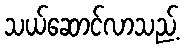
သယ်ဆောင်လာသည့်